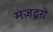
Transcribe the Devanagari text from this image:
मज़दूरो